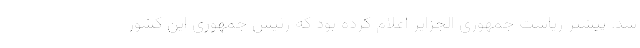
شد. پیشتر ریاست جمهوری الجزایر اعلام کرده بود که رئیس جمهوری این کشور